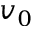
v _ { 0 }